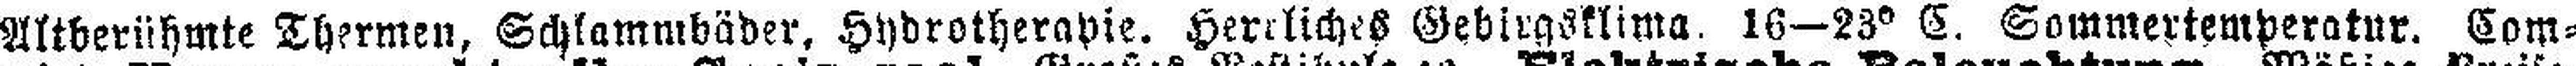
Altberühmte Thermen, Schlammbäder, Hydrotherapie. Herrliches Gebirgsklima, 16—83° C. Sommertemperatur. Com¬